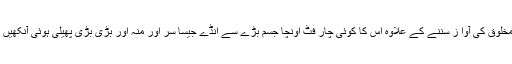
اس نے اس مخلوق کی آوا ز سننے کے علاوہ اس کا کوئی چار فٹ اونچا جسم بڑے سے انڈے جیسا سر اور منہ اور بڑی بڑی پھیلی ہوئی آنکھیں بھی دیکھیں۔